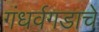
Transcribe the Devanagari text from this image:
गंधर्वगडाचे